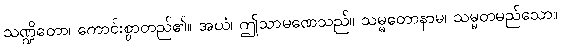
သဏ္ဍိတော၊ ကောင်းစွာတည်၏။ အယံ၊ ဤသာမဏေသည်။ သမ္မတောနာမ၊ သမ္မတမည်သော။